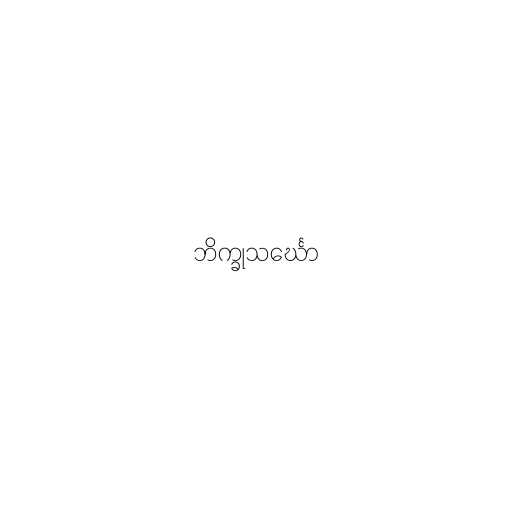
ဘိက္ခုသင်္ဃော